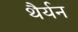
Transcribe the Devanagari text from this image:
थैर्यन